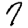
Digit: 7